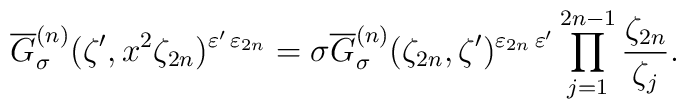
\overline{G}_{\sigma}^{(n)} (\zeta', x^{2}\zeta_{2n})^{\varepsilon'\,\varepsilon_{2n}}=\sigma\overline{G}_{\sigma}^{(n)} (\zeta_{2n},\zeta')^{\varepsilon_{2n}\,\varepsilon'}\prod_{j=1}^{2n-1} \frac{\zeta_{2n}}{\zeta_j}.